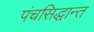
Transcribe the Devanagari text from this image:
पंचसिद्धान्त